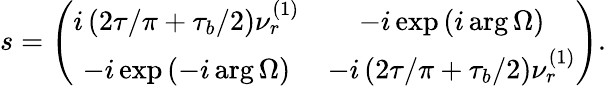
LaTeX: s=\left(\begin{array}{cc}{i\left(2\tau/\pi+\tau_{b}/2\right)\nu_{r}^{\left(1\right)}}&{-i\exp\left(i\arg\Omega\right)}\\ {-i\exp\left(-i\arg\Omega\right)}&{-i\left(2\tau/\pi+\tau_{b}/2\right)\nu_{r}^{\left(1\right)}}\end{array}\right).